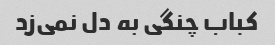
کباب چنگی به دل نمی‌زد